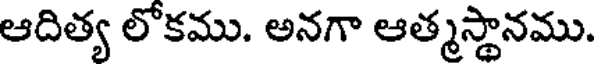
ఆదిత్య లోకము. అనగా ఆత్మస్థానము.